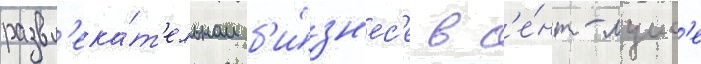
развл'ека́т'ельном б'и́зн'ес'е в с'е́нт-луис'е